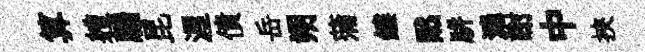
算軆牖昆渥債岳朔蒲鏤黙胼漶謝中挾